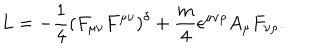
L = - \frac { 1 } { 4 } ( F _ { \mu \nu } F ^ { \mu \nu } ) ^ { \delta } + \frac { m } { 4 } \epsilon ^ { \mu \nu \rho } A _ { \mu } F _ { \nu \rho } .